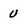
Character: U